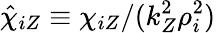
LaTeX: \hat{\chi}_{iZ}\equiv\chi_{iZ}/(k_{Z}^{2}\rho_{i}^{2})